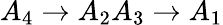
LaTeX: A_{4}\rightarrow A_{2}A_{3}\rightarrow A_{1}